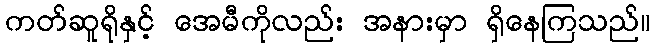
ကတ်ဆူရိုနှင့် အေမီကိုလည်း အနားမှာ ရှိနေကြသည်။